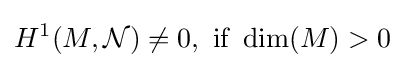
H^{1}(M,{\mathcal {N}})\neq 0,\ {\text{if}}\ \dim(M)>0